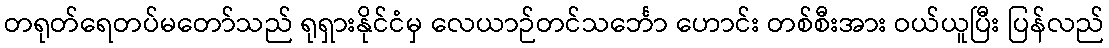
တရုတ်ရေတပ်မတော်သည် ရုရှားနိုင်ငံမှ လေယာဉ်တင်သင်္ဘော ဟောင်း တစ်စီးအား ဝယ်ယူပြီး ပြန်လည်